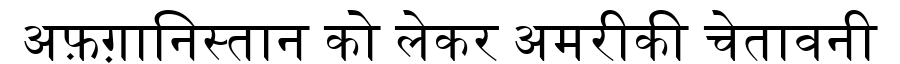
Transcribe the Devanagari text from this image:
अफ़ग़ानिस्तान को लेकर अमरीकी चेतावनी